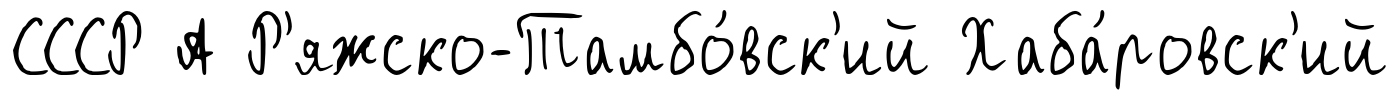
СССР А Р'яжско-Тамбо́вск'ий Хаба́ровск'ий